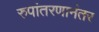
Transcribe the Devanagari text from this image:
रुपांतरणानंतर